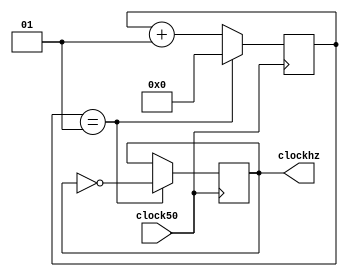
module myclock (clock50, clockhz);
    input clock50;
    output reg clockhz;
    integer clock_count;
    
    initial begin
        clockhz = 0;
        clock_count = 0;
    end

    always @(posedge clock50) begin
        if(clock_count == 1) begin
            clock_count <= 0;
            clockhz <= ~clockhz;
        end
        else
            clock_count <= clock_count + 1;
    end
endmodule